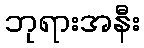
ဘုရားအနီး